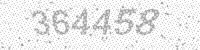
Solution: 364458